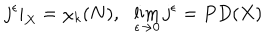
j ^ { \epsilon } | _ { X } = \chi _ { k } ( N ) , \ \ \lim _ { \epsilon \rightarrow 0 } j ^ { \epsilon } = P D ( X )